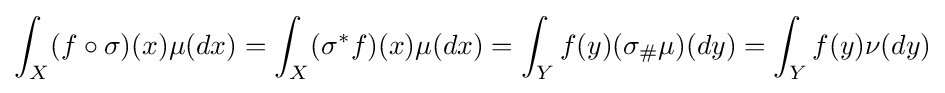
\int _{X}(f\circ \sigma )(x)\mu (dx)=\int _{X}(\sigma ^{*}f)(x)\mu (dx)=\int _{Y}f(y)(\sigma _{\#}\mu )(dy)=\int _{Y}f(y)\nu (dy)